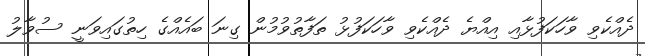
ދެއްކެވި ވާހަކަފުޅާއި އިއްޔެ ދެއްކެވި ވާހަކަފުޅު ތަފާތުވުމުން ގިނަ ބައެއްގެ ހިތުގައިވަނީ ސުވާލު